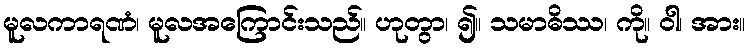
မူလကာရဏံ၊ မူလအကြောင်းသည်။ ဟုတွာ၊ ၍။ သမာဓိဿ၊ ကို။ ဝါ၊ အား။